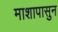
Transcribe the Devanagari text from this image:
माशापासुन